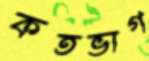
কতভাগ